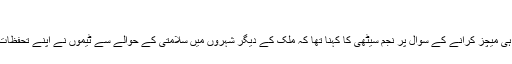
‘‘
صرف لاہور میں ہی میچز کرانے کے سوال پر نجم سیٹھی کا کہنا تھا کہ ملک کے دیگر شہروں میں سلامتی کے حوالے سے ٹیموں نے اپنے تحفظات کا اظہار کیا ہے۔